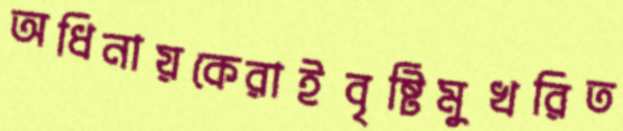
অধিনায়কেরাইবৃষ্টিমুখরিত